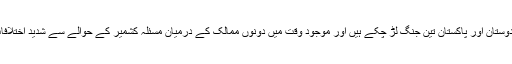
مسئلہ کشمیر پر ہندوستان اور پاکستان تین جنگ لڑ چکے ہیں اور موجود وقت میں دونوں ممالک کے درمیان مسئلہ کشمیر کے حوالے سے شدید اختلافات پائے جاتے ہیں۔